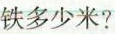
铁多少米?